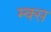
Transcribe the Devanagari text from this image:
म्क्स